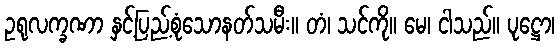
ဥရုလက္ခဏာ နှင့်ပြည့်စုံသောနတ်သမီး။ တံ၊ သင်ကို။ မေ၊ ငါသည်။ ပုဋ္ဌော၊